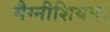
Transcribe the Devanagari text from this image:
मैग्नीशियम।